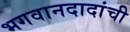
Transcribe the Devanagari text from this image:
भगवानदादांची